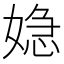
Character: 𮱏